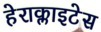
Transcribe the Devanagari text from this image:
हेराक्लाइटेस